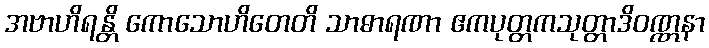
အဗာဟိရန္တိ ကောသောဟိတေတိ သာဓာရဏာ ဧကပုတ္တကသုတ္တာဒိဝဏ္ဏနာ